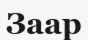
Заар